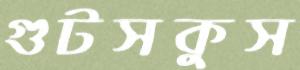
গুটসকুস